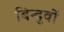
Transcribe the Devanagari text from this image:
बिन्दुवों